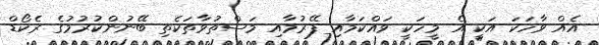
އެއް ވާހަކަ އަކީ އެ މީހަކީ ވައްކަމާއި ފޭރުމާއި މަސްތުވާތަކެތި ބޭނުންކުރުމުގެ ރެކޯޑް